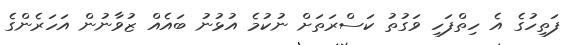
ފަތިހުގެ އެ ހިތްފަހި ވަގުތު ކަސްރަތަށް ނުކުމެ އުޅުނު ބައެއް ޒުވާނުން އަހަރެންގެ